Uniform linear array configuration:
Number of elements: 8
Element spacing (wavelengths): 0.25
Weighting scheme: cosine
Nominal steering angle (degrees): -45
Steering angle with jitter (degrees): -45.598
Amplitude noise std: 0.05
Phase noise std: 0.05

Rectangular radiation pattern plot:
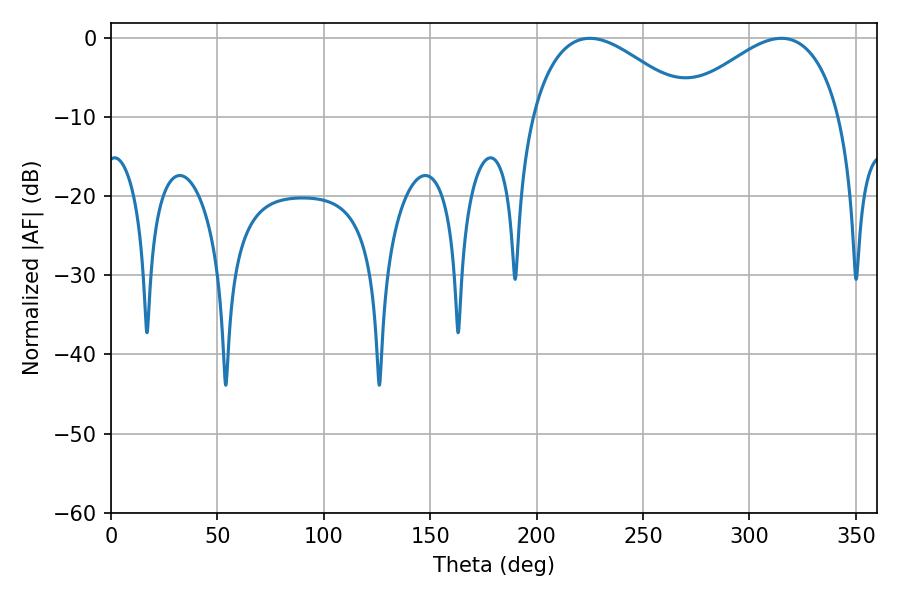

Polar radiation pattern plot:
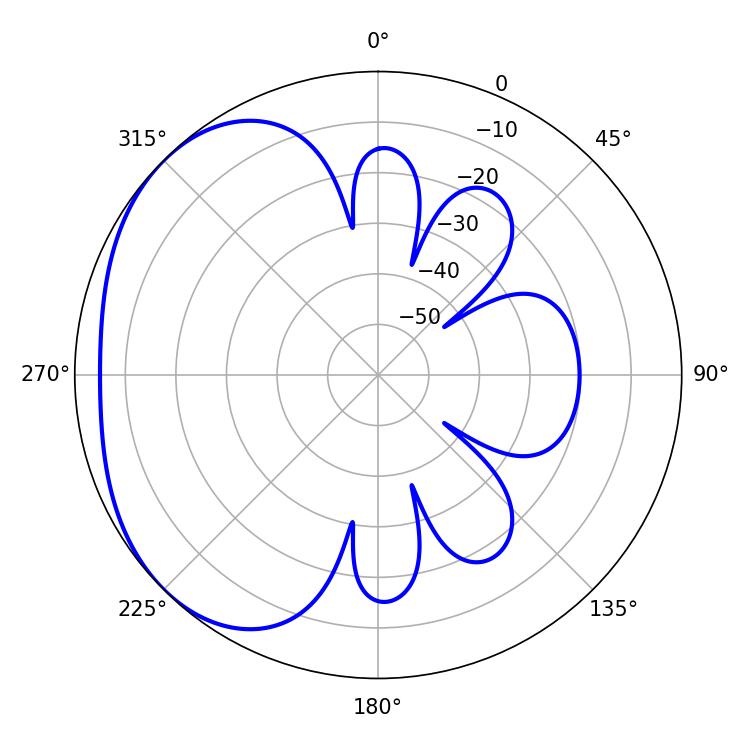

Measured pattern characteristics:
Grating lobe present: FALSE
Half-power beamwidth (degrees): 41.4
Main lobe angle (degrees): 225